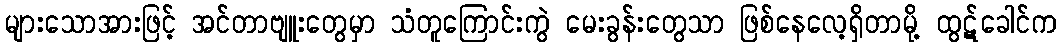
များသောအားဖြင့် အင်တာဗျူးတွေမှာ သံတူကြောင်းကွဲ မေးခွန်းတွေသာ ဖြစ်နေလေ့ရှိတာမို့ ထွဋ်ခေါင်က